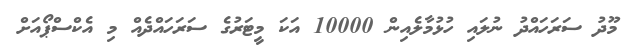
މޫދު ސަރަހައްދު ނުލައި ހުޅުމާލެއިން 10000 އަކަ މީޓަރުގެ ސަރަހައްދެއް މި އެކްސްޕޯއަށް